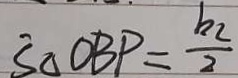
S _ { \Delta O B P } = \frac { b _ { 2 } } { 2 }